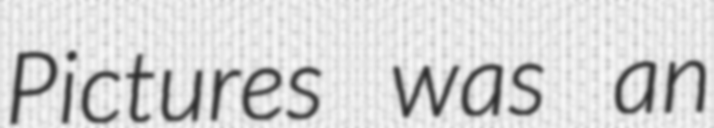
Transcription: Pictures was an